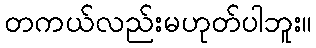
တကယ်လည်းမဟုတ်ပါဘူး။